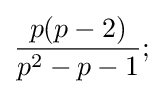
{\frac {p(p-2)}{p^{2}-p-1}};